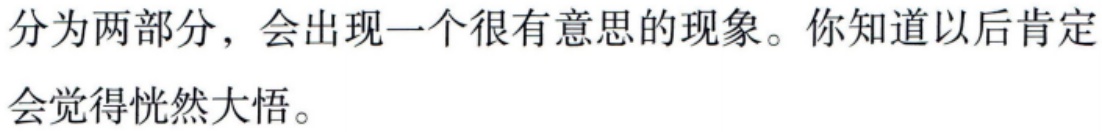
分为两部分，会出现一个很有意思的现象。你知道以后肯定会觉得恍然大悟。